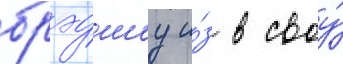
брэдшоу и́з в своу́